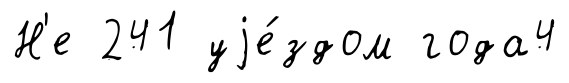
Н'е 241 уjе́здом года4